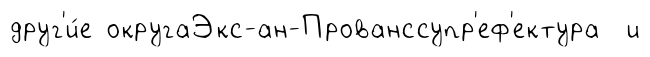
друг'и́е округаЭкс-ан-Прованссупр'еф'ектура и